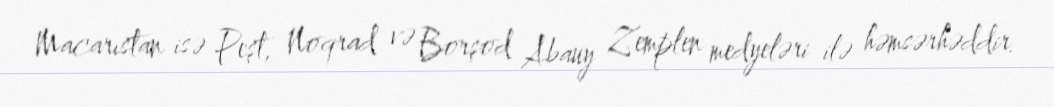
Macarıstan isə Peşt, Noqrad və Borşod Abauy Zemplen medyeləri ilə həmsərhəddir.